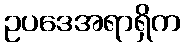
ဥပဒေအရာရှိက